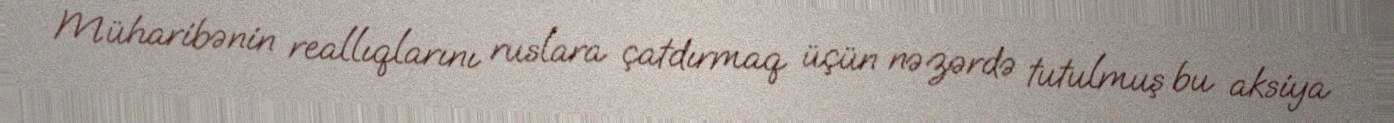
Müharibənin reallıqlarını ruslara çatdırmaq üçün nəzərdə tutulmuş bu aksiya